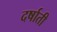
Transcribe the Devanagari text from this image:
दर्षाती